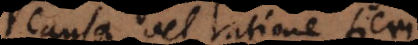
causa vel ratione fi